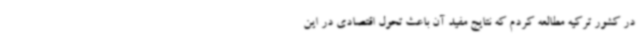
در کشور ترکیه مطالعه کردم که نتایج مفید آن باعث تحول اقتصادی در این